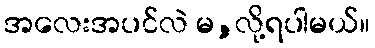
အလေးအပင်လဲ မ,လို့ရပါမယ်။